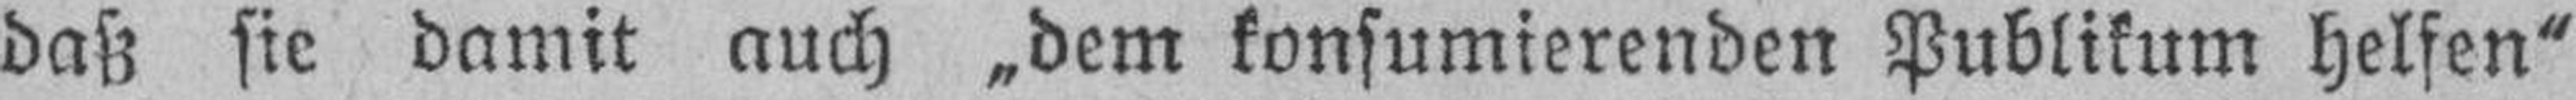
daß sie damit auch „dem konsumierenden Publikum helfen“